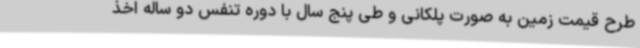
طرح قیمت زمین به صورت پلکانی و طی پنج سال با دوره تنفس دو ساله اخذ